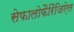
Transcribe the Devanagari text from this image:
सेफालोफैरिंजिऐल